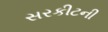
સરકીટની